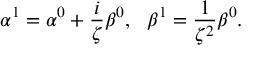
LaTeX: \alpha ^ { 1 } = \alpha ^ { 0 } + \frac { i } { \zeta } \beta ^ { 0 } , \ \ \beta ^ { 1 } = \frac { 1 } { \zeta ^ { 2 } } \beta ^ { 0 } .